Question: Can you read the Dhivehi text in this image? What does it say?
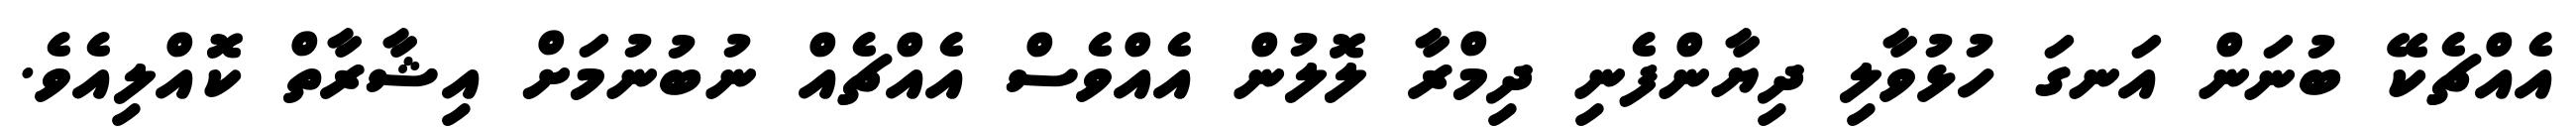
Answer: އެއްޗެކޭ ބުނަން އަނގަ ހުޅުވާލި ދިޔާންފެނި ދިމްރާ ލޮލުން އެއްވެސް އެއްޗެއް ނުބުނުމަށް އިޝާރާތް ކޮއްލިއެވެ.